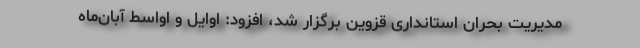
مدیریت بحران استانداری قزوین برگزار شد، افزود: اوایل و اواسط آبان‌ماه